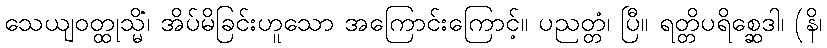
သေယျဝတ္ထုသ္မိံ၊ အိပ်မိခြင်းဟူသော အကြောင်းကြောင့်။ ပညတ္တံ၊ ပြီ။ ရတ္တိပရိစ္ဆေဒါ၊ (နိ၊